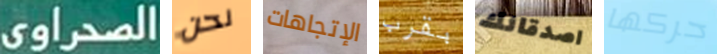
الصحراوي نحن الإتجاهات بقرب اصدقائك حركها